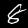
Label: 8